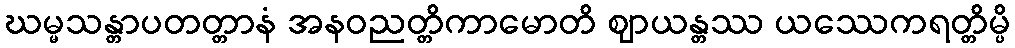
ဃမ္မသန္တာပတတ္တာနံ အနဝညတ္တိကာမောတိ ဈာယန္တဿ ယဿေကရတ္တိမ္ပိ